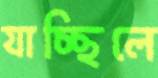
যাচ্ছিলে